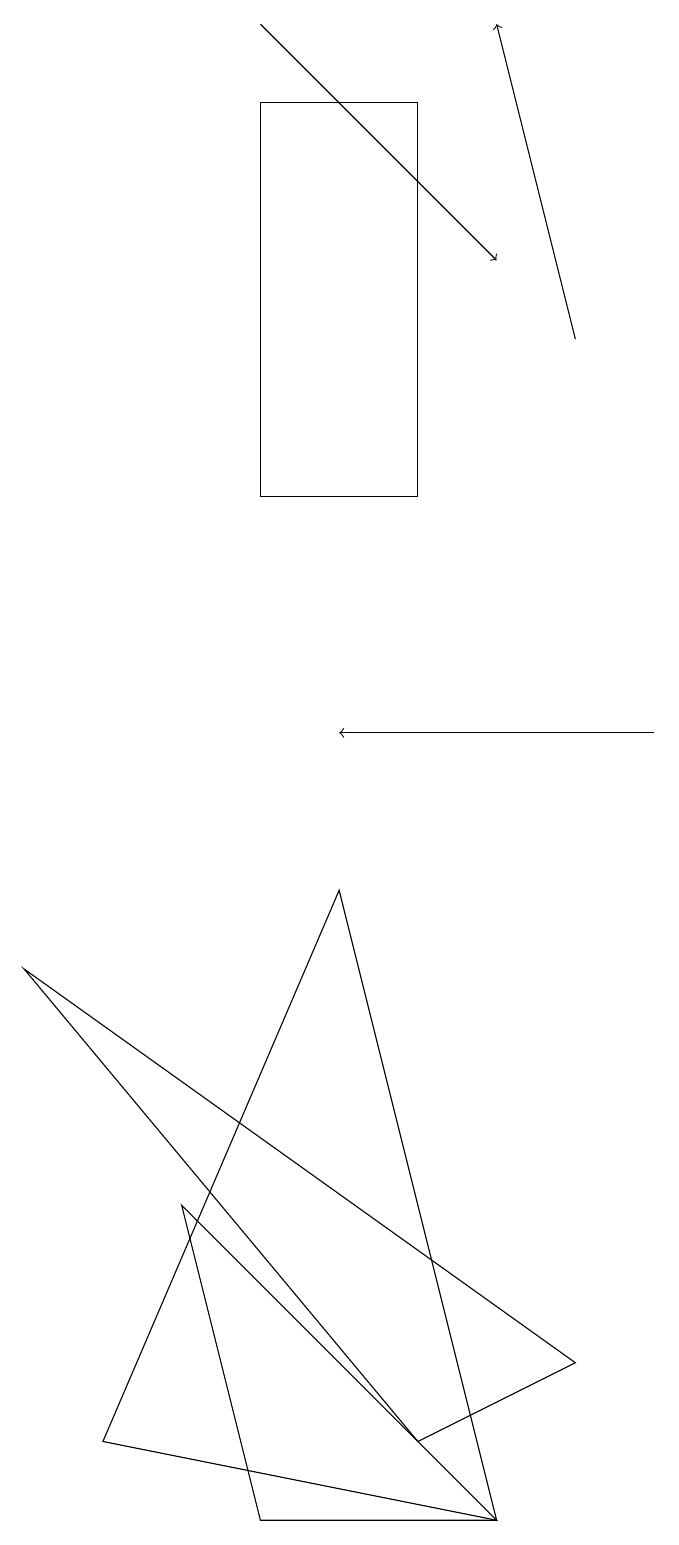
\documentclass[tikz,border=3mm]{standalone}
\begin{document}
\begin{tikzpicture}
\draw (7,0) -- (2,1) -- (5,8) -- cycle;
\draw (6,1) -- (8,2) -- (1,7) -- cycle;
\draw[->] (9,10) -- (5,10);
\draw[->] (8,15) -- (7,19);
\draw (6,18) rectangle (4,13);
\draw (3,4) -- (4,0) -- (7,0) -- cycle;
\draw[->] (4,19) -- (7,16);
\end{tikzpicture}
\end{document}